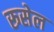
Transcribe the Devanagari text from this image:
रूसेल